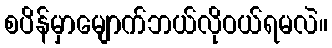
စပိန်မှာမျောက်ဘယ်လိုဝယ်ရမလဲ။